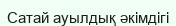
Сатай ауылдық әкімдігі